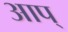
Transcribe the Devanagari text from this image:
आप्